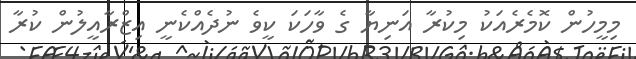
މިމީހުން ކޮމެރެއަކު މިކުރާ އަނިޔާ ގެ ވާހަކަ ކީވެ ނުދެއްކެނީ އިޒްރާއީލުން ކުރާ